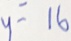
y = 1 6